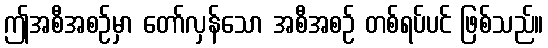
ဤအစီအစဉ်မှာ တော်လှန်သော အစီအစဉ် တစ်ရပ်ပင် ဖြစ်သည်။